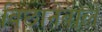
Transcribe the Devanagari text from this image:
बिछानेवाले